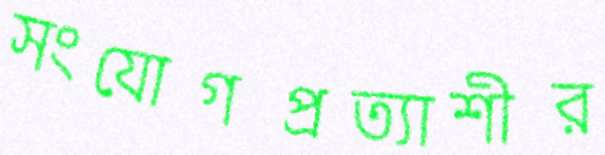
সংযোগপ্রত্যাশীর